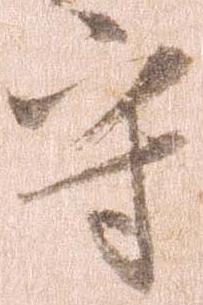
守